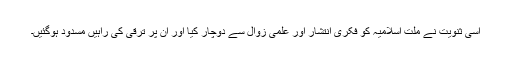
اسی ثنویت نے ملت اسلامیہ کو فکری انتشار اور علمی زوال سے دوچار کیا اور ان پر ترقی کی راہیں مسدود ہوگئیں۔